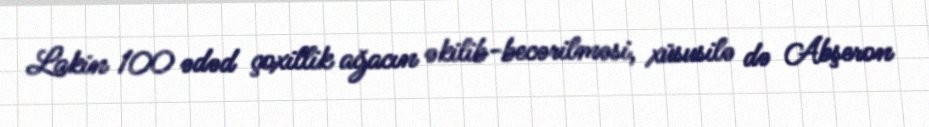
Lakin 100 ədəd çoxillik ağacın əkilib-becərilməsi, xüsusilə də Abşeron